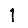
Digit: 1